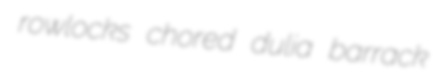
rowlocks chored dulia barrack